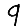
Digit: 9